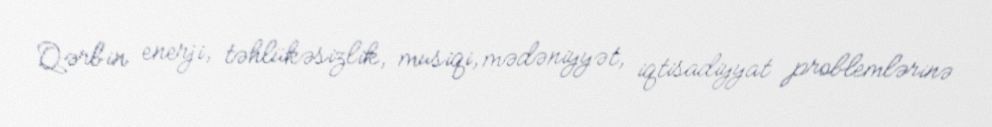
Qərbin enerji, təhlükəsizlik, musiqi, mədəniyyət, iqtisadiyyat problemlərinə